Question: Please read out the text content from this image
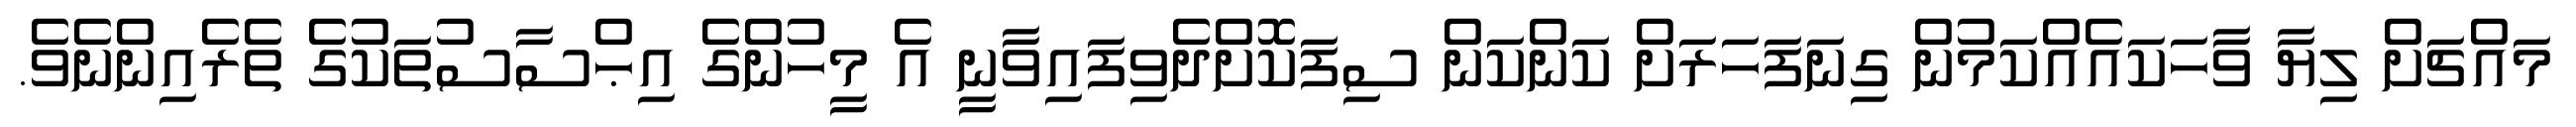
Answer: މައްޗަށް ލިޔާ ވާހަކައެއްކަމުން ގިނަފަހަރަށް ކަންކަން ސިފަކޮށްދެވިފައިވާނީ އެ މީހުންގެ އިޙްސާސުތަކުގެ ތެރެއިންނެވެ.